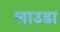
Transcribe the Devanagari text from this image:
लाउडा